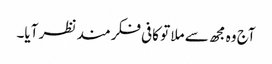
آج وہ مجھ سے ملا تو کافی فکرمند نظر آیا۔